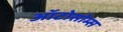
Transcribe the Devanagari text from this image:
ऑटोसोम्स